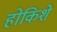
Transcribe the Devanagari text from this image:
होकिशे